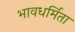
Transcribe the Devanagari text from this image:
भावधर्मिता